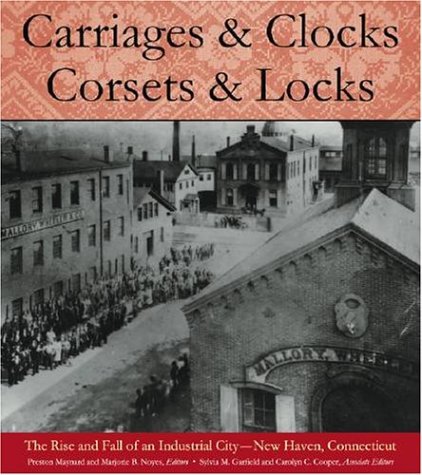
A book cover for Carriages and Clocks, Corsets and Locks: The Rise and Fall of an Industrial City - New Haven, Connecticut; Travel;